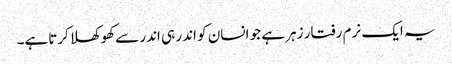
یہ ایک نرم رفتار زہر ہے جو انسان کو اندر ہی اندر سےکھوکھلا کرتاہے۔